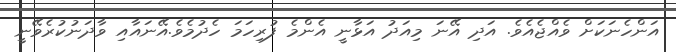
އަންހެނަކަށް ވެއްޖެއެވެ. އަދި އޭނަ މިއަދު އަޅާނީ އެންމެ ފުރިހަމަ ހެދުމެވެ.އޭނައާއި ވާދަނުކުރެވޭނީ